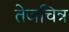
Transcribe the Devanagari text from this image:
तेजचित्र